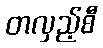
တလှည့်စီ